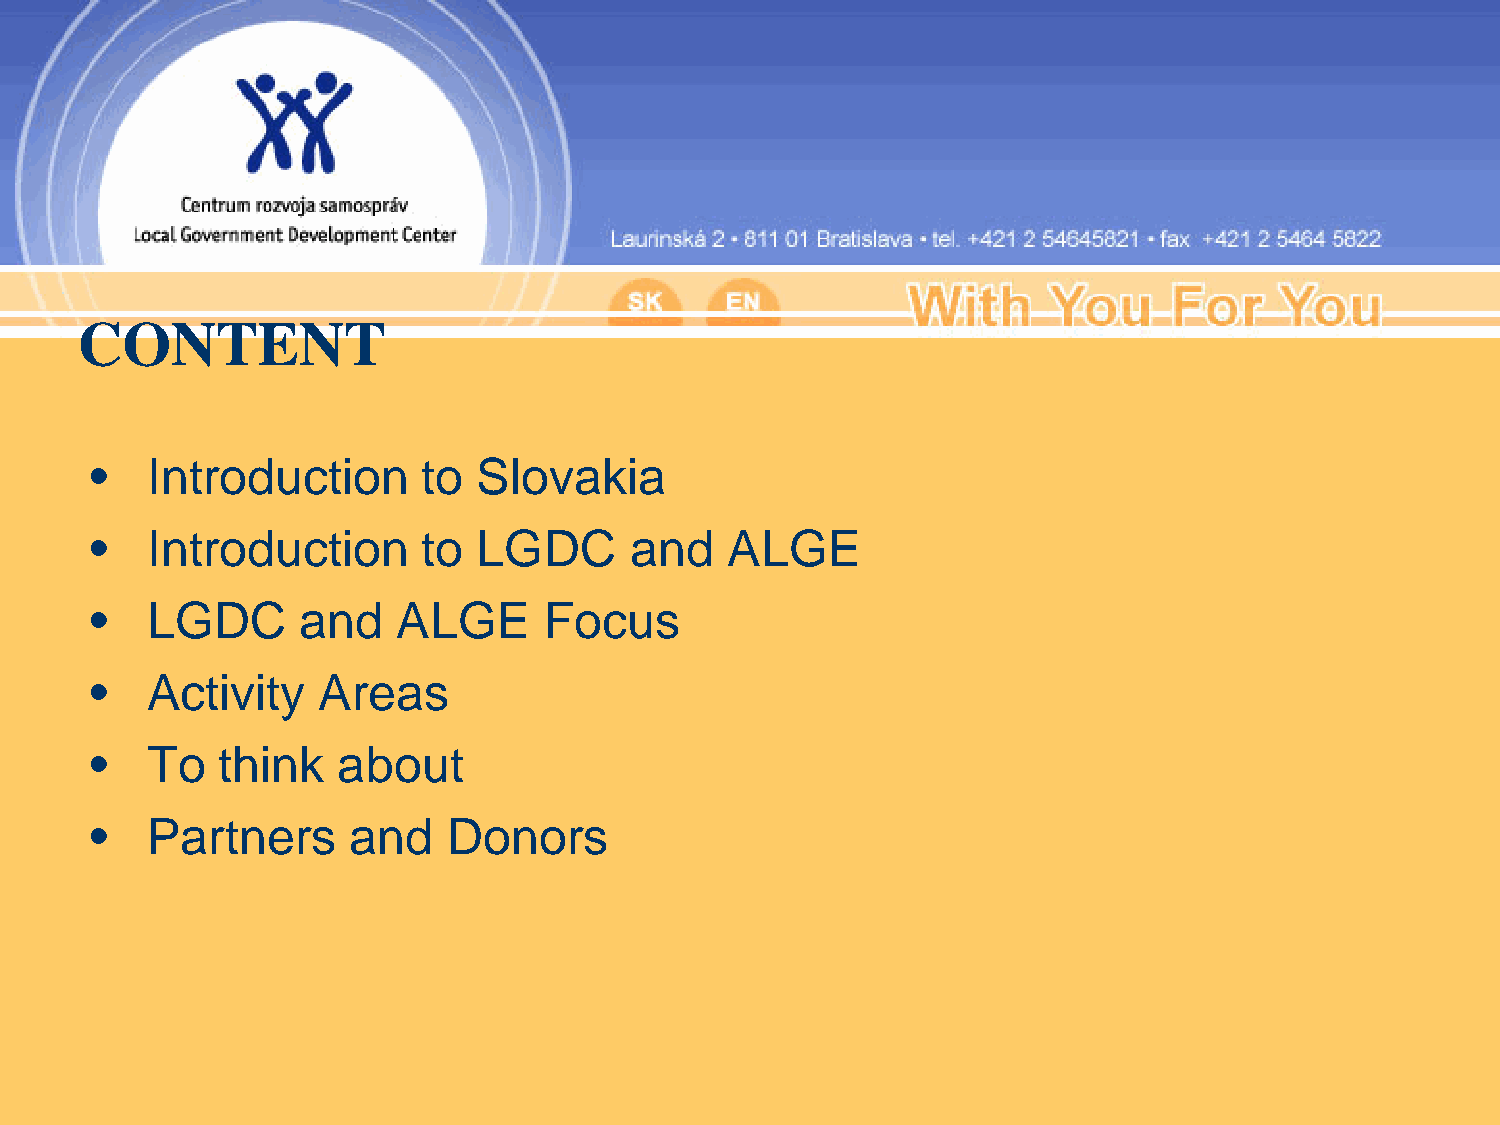
CONTENT
 •   Introduction      to  Slovakia
 •   Introduction      to  LGDC      and   ALGE
 •   LGDC      and   ALGE      Focus
 •   Activity   Areas
 •   To  think   about
 •   Partners     and    Donors